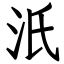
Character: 汦